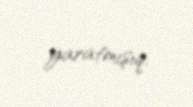
yaratmışıq.